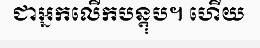
ជាអ្នកលើកបន្តុប។ ហើយ